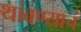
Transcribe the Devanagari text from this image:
थांबण्याचं